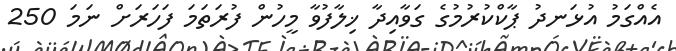
އެއްގަމު އުޅަނދު ޕާކްކުރުމުގެ ގަވާއިދާ ޚިލާފުވާ މީހުން ފުރަތަމަ ފަހަރަށް ނަމަ 250